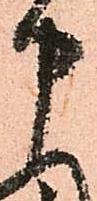
申